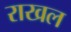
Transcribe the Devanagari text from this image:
राखल